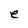
Character: e